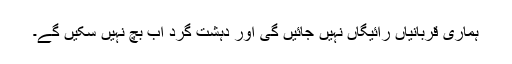
ہماری قربانیاں رائیگاں نہیں جائیں گی اور دہشت گرد اب بچ نہیں سکیں گے۔